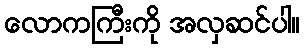
လောကကြီးကို အလှဆင်ပါ။